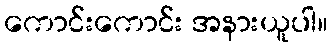
ကောင်းကောင်း အနားယူပါ။